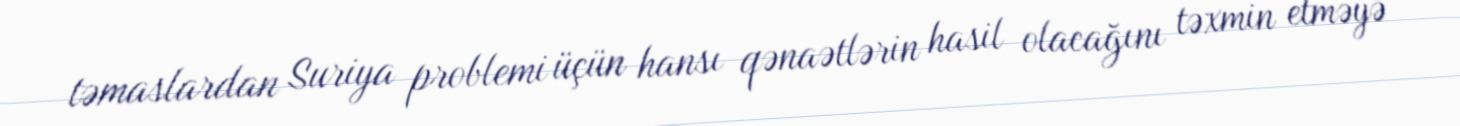
təmaslardan Suriya problemi üçün hansı qənaətlərin hasil olacağını təxmin etməyə